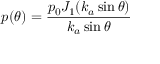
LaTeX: p ( \theta ) = { \frac { p _ { 0 } J _ { 1 } ( k _ { a } \sin \theta ) } { k _ { a } \sin \theta } }